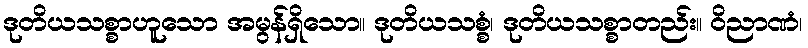
ဒုတိယသစ္စာဟူသော အမွန်ရှိသော။ ဒုတိယသစ္စံ၊ ဒုတိယသစ္စာတည်း။ ဝိညာဏံ၊